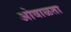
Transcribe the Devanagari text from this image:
ओवाळता